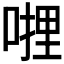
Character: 𭉜